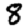
Digit: 8